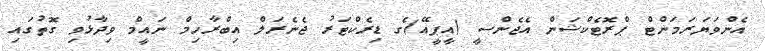
އެންވަޔަރަމަންޓް ޕްރޮޓެކްޝަން އެޖެންސީ (އީޕީއޭ)ގެ ޑިރެކްޓަރު ޖެނެރަލް އިބްރާހިމް ނައީމް ވިދާޅުވި ގޮތުގައި